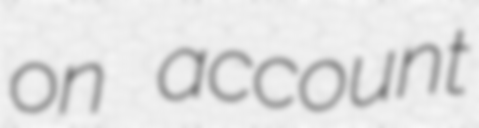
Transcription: on account